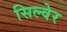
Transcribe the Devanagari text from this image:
सिल्वेर